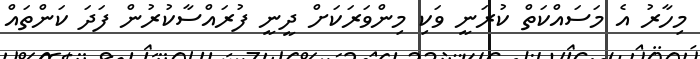
މިހާރު އެ މަސައްކަތް ކުރަނީ ވަކި މިންވަރަކަށް ދީނީ ފުރައްސާކުރުން ފަދަ ކަންތައް